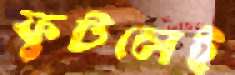
ফুটলেই